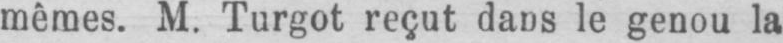
mêmes. M. Turgot reçut dans le genou la